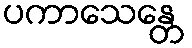
ပကာသေန္တေ